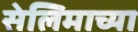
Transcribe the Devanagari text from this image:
सेलिमाच्या